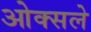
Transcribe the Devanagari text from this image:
ओक्सले